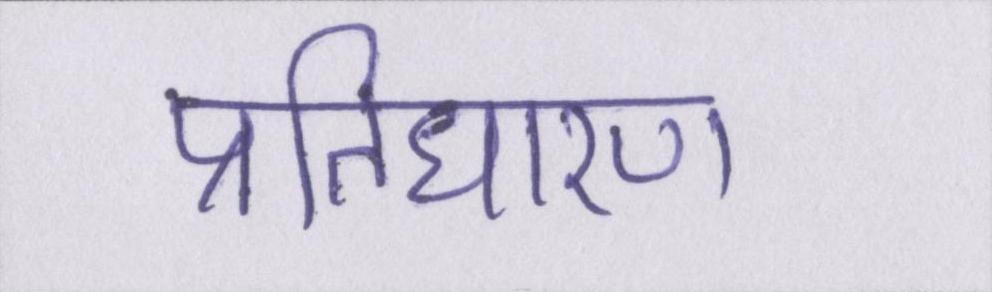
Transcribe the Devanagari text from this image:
प्रतिधारण